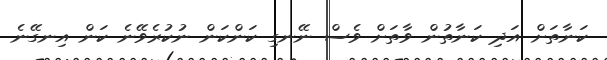
ކަނާތަށް އަދި ކަނާތުން ވާތަށް ވެސް ނޭނގި ކަންކަން ނުކުރެވޭނެ ކަން އިނގޭނެ